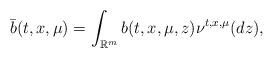
LaTeX: \begin{align*}\bar{b}(t,x,\mu)=\int_{\mathbb{R}^{m}}b(t,x,\mu,z)\nu^{t,x,\mu}(dz),\end{align*}